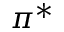
\pi ^ { * }